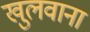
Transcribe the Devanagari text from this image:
खुलवाना